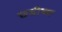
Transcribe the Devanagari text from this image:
छडीचा